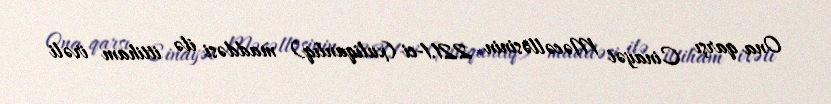
Ona qarşı Cinayət Məcəlləsinin 221.1-ci (xuliqanlıq) maddəsi ilə ittiham irəli